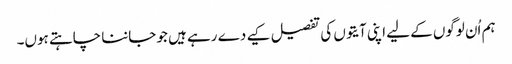
ہم اُن لوگوں کے لیے اپنی آیتوں کی تفصیل کیے دے رہے ہیں جو جاننا چاہتے ہوں۔